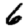
Digit: 6